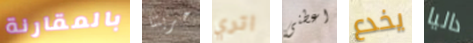
بالمقارنة حريتنا اتري اعطنى يخدع داليا